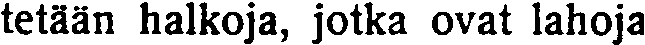
tetään halkoja, jotka ovat lahoja